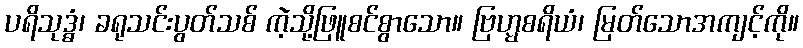
ပရိသုဒ္ဓံ၊ ခရုသင်းပွတ်သစ် ကဲ့သို့ဖြူစင်စွာသော။ ဗြဟ္မစရိယံ၊ မြတ်သောအကျင့်ကို။